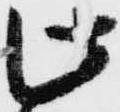
此